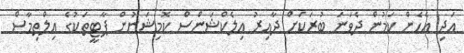
އަދި އެހެން ކަމުން ދެވަނަ ބުރަކަށް ދާއިރު އިލެކްޝަންސް ކޮމިޝަނުން ޕާޓީތަކުގެ އިލްތިމާސް